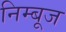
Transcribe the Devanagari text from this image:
निम्बूज